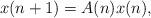
LaTeX: \begin{align*}x(n+1)=A(n)x(n), \end{align*}